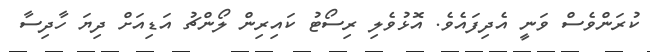
ކުރަންވެސް ވަނީ އެދިފައެވެ. އޮޅުވެލި ރިސޯޓު ކައިރިން ލޯންޗު އަޑިއަށް ދިޔަ ހާދިސާ